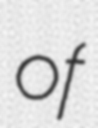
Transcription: of